Medical and sanitary report of the native army of Bengal for the year
Year: 1874
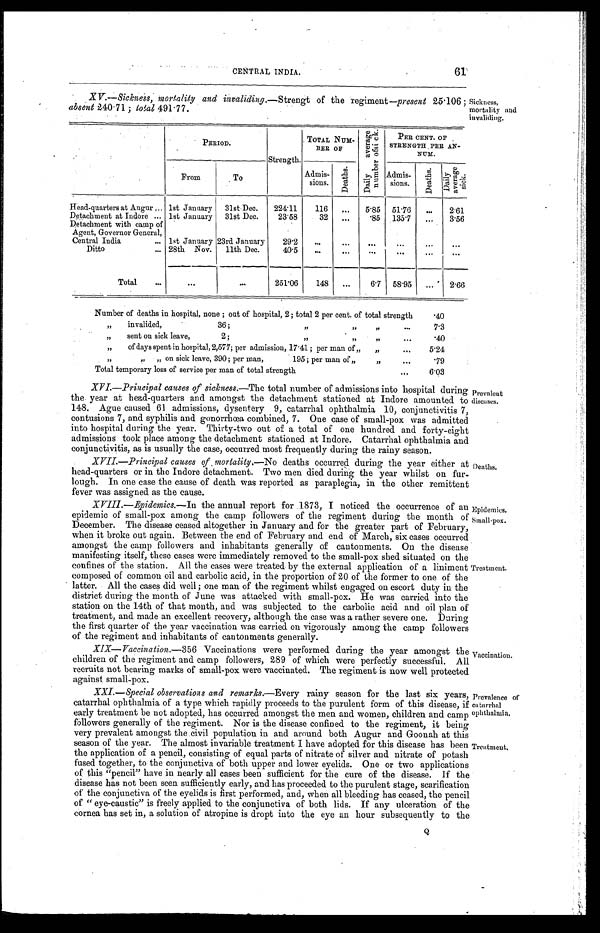
61
CENTRAL INDIA.
XV.—Sickness, mortality and invaliding .—Strengt of the regiment—present 25.106 ;
absent 240.71; total 491.77.
Sickness,
mortality and
invaliding.
PERIOD.
Strength.
TOTAL NUM-
BER OF
D a i l y a v e r a g e n u m b e r o f s i c k .
PER CENT. OF
STRENGTH PER AN-
NUM.
From
To
Admis-
sions.
D e a t h s .
Admis-
sions.
D e a t h s .
Da i l y a v e r a g e s i c k .
Head-quarters at Augur . . . 1st January
31st Dec.
224.11
116
. . .
5.85
51.76
. . .
2.61
Detachment at Indore . . . 1st January
31st Dec.
23.58
3 2 . . .
.85
135.7
. . . 3.56
Detachment with camp of
Agent, Governor General,
Central India . . . 1st January 23rd January
29.2
. . .
. . .
. . .
. . .
. . .
. . .
Ditto . . . 28th Nov.
11th Dec.
40.5
. . .
. . .
. . .
. . .
. . .
. . .
Total . . .
. . .
. . .
251.06
148
. . .
6.7
58.95
. . . 2.66
Number of deaths in hospital, none ; out of hospital, 2; total 2 per cent. of total strength
.40
"
invalided,
36 ; " " " . . .
7.3
" sent on sick leave, 2; " " " . . .
.40
"
of days spent in hospital, 2,577; per admission, 17.41 ; per man of " " . . .
5.24
"
"
"
ons i c k
l e a v e , 3 9 0 ; p e rm
a n , 1 9 5 ; p e r m a n o f " " . . .
.79
Total temporary loss of service per man of t o t a l s t r e n g t h . . .
6.03
XVI.—Principal causes of sickness .—The total number of admissions into hospital during
the year at head-quarters and amongst the detachment stationed at Indore amounted to
148. Ague caused 61 admissions, dysentery 9, catarrhal ophthalmia 10, conjunctivitis 7,
contusions 7, and syphilis and gonorrhœa combined, 7. One case of small-pox was admitted
into hospital during the year. Thirty-two out of a total of one hundred and forty-eight
admissions took place among the detachment stationed at Indore. Catarrhal ophthalmia and
conjunctivitis, as is usually the case, occurred most frequently during the rainy season.
XVII.—Principal causes of ,mortality .—No deaths occurred during the year either at
head-quarters or in the Indore detachment. Two men died during the year whilst on fur
- l o u g h . I n o n e c a s e t h e c a u s e o f d e a t h w a s r e p o r t e d a s p a r a p l e g i a , i n t h e o t h e r r e m i t t e n t
fever was assigned as the cause.
Prevalent
diseases.
Deaths.
XVIII.—Epidemics .—In the annual report for 1873, I noticed the occurrence of an
epidemic of small-pox among the camp followers of the regiment during the month of
December. The disease ceased altogether in January and for the greater part of February,
when it broke out again. Between the end of February and end of March, six cases occurred
amongst the camp followers and inhabitants generally of cantonments. On the disease
manifesting itself, these cases were immediately removed to the small-pox shed situated on the
confines of the station. All the cases were treated by the external application of a liniment
composed of common oil and carbolic acid, in the proportion of 20 of the former to one of the
latter. All the cases did well ; one man of the regiment whilst engaged on escort duty in the
district during the month of June was attacked with small-pox. He was carried into the
station on the 14th of that month, and was subjected to the carbolic acid and oil plan of
treatment, and made an excellent recovery, although the case was a rather severe one. During
the first quarter of the year vaccination was carried on vigorously among the camp followers
of the regiment and inhabitants of cantonments generally.
Epidemics.
Small-pox.
Treatment.
XIX—Vaccination.—356 Vaccinations were performed during the year amongst the
children of the regiment and camp followers, 289 of which were perfectly successful. All
recruits not bearing marks of small-pox were vaccinated. The regiment is now well protected
against small-pox.
XXI.—Special observations and remarks .—Every rainy season for the last six years,
catarrhal ophthalmia of a type which rapidly proceeds to the purulent form of this disease, if
early treatment be not adopted, has occurred amongst the men and women, children. and camp
followers generally of the regiment. Nor is the disease confined to the regiment, it being
very prevalent amongst the civil population in and around both Augur and Goonah at this
season of the year. The almost invariable treatment I have adopted for this disease has been
the application of a pencil, consisting of equal parts of nitrate of silver and nitrate of potash
fused together, to the conjunctiva of both upper and lower eyelids. One or two applications
of this "pencil" have in nearly all cases been sufficient for the cure of the disease. If the
disease has not been seen sufficiently early, and has proceeded to the purulent stage, scarification
of the conjunctiva of the eyelids is first performed, and, when all bleeding has ceased, the pencil
of "eye-caustic" is freely applied to the conjunctiva of both lids. If any ulceration of the
cornea has set in, a solution of atropine is dropt into the eye an hour subsequently to the
Vaccination.
Prevalence of
catarrhal
ophthalmia.
Treatment.